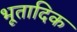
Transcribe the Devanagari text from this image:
भूतादिक